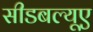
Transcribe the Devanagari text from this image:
सीडबल्यूए